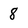
Character: 8